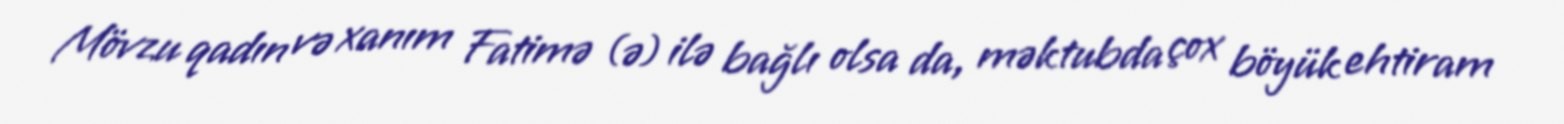
Mövzu qadın və xanım Fatimə (ə) ilə bağlı olsa da, məktubda çox böyük ehtiram